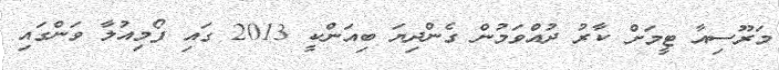
މަރޫސިއާ ޓީމަށް ކާރު ދުއްވަމުން ގެންދިޔަ ބިއަންކީ 2013 ގައި ފޯމިއުލާ ވަންގައި